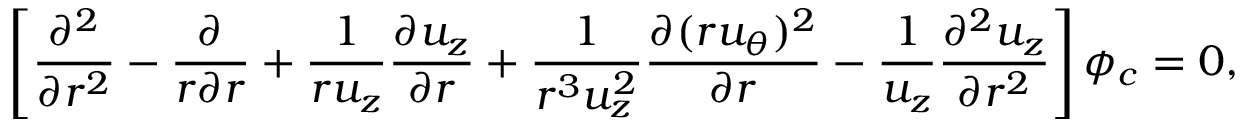
\left[ \frac { \partial ^ { 2 } } { \partial r ^ { 2 } } - \frac { \partial } { r \partial r } + \frac { 1 } { r u _ { z } } \frac { \partial u _ { z } } { \partial r } + \frac { 1 } { r ^ { 3 } u _ { z } ^ { 2 } } \frac { \partial ( r u _ { \theta } ) ^ { 2 } } { \partial r } - \frac { 1 } { u _ { z } } \frac { \partial ^ { 2 } u _ { z } } { \partial r ^ { 2 } } \right] \phi _ { c } = 0 ,